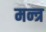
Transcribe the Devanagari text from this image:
मन्‍त्र